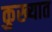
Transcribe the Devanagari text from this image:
कुख्‍यात